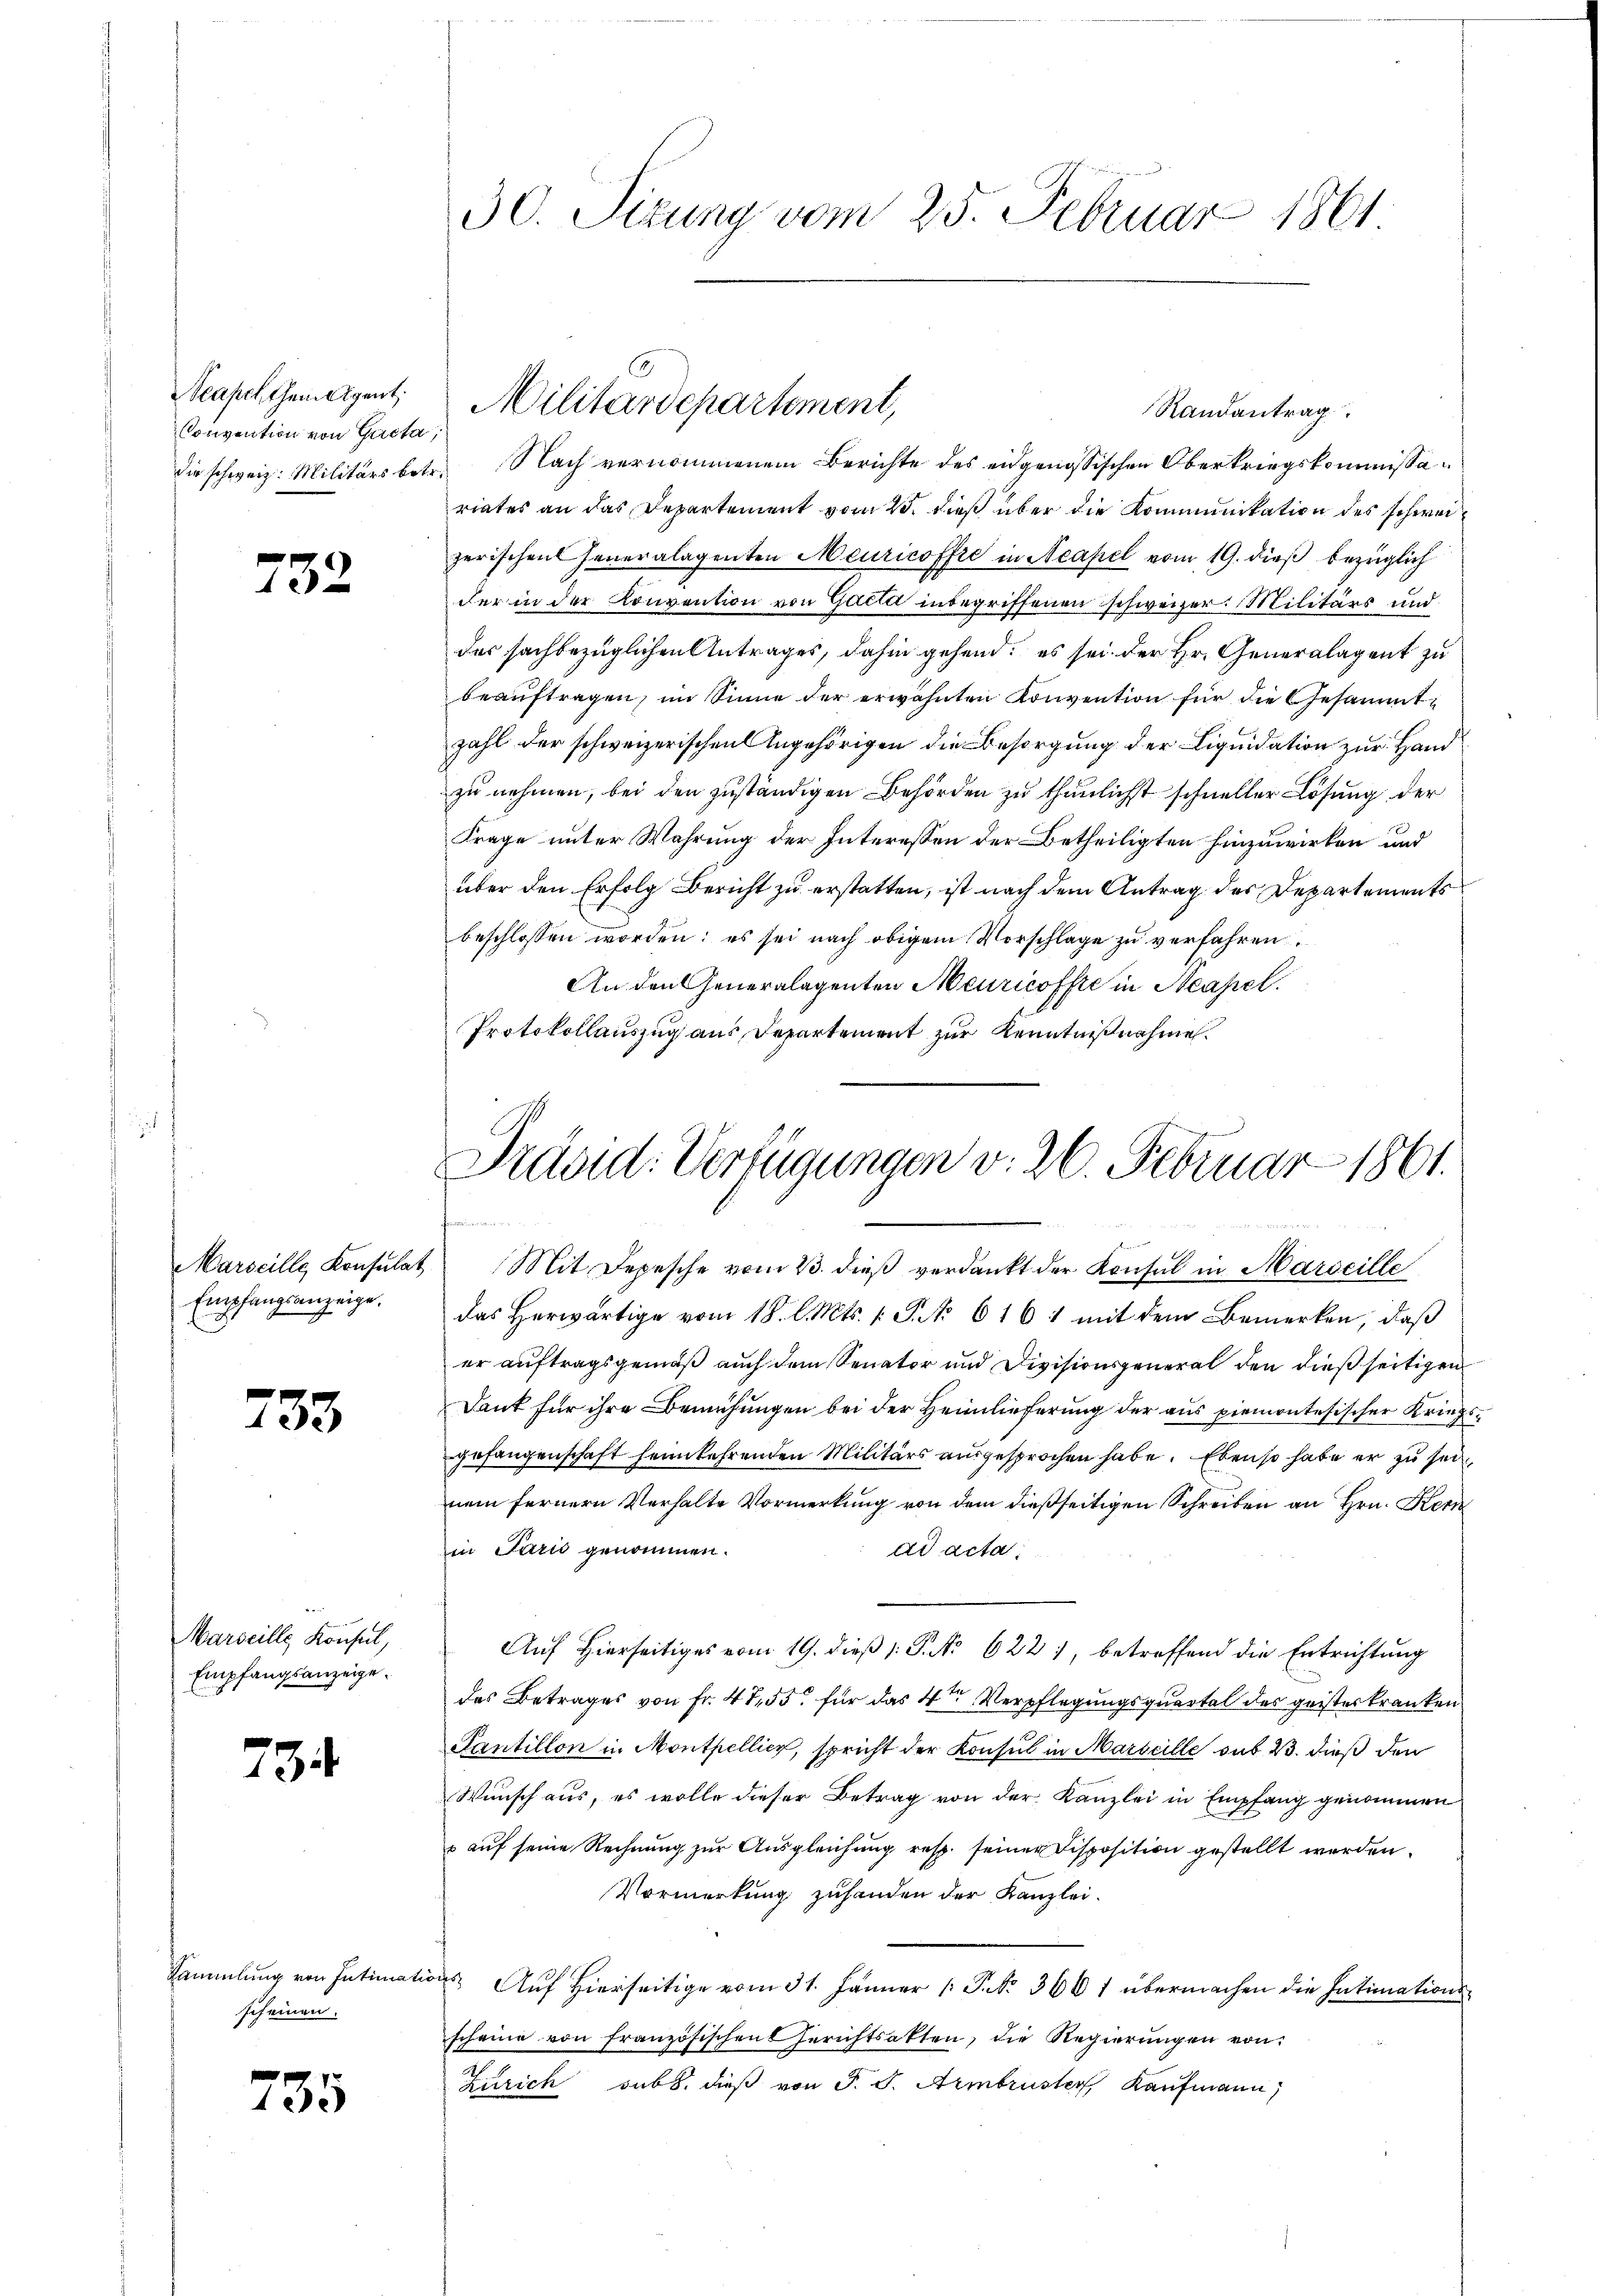
Neapelchem Agent
Convention von Gacta,

732

Empfangsanzeige.

735

Marseille Konsul,
Empfangsanzeige.

734

Sammlung von Intimatio
scheinen.

735

30. Sizung vom 25. Februar 1861

Randantrag
die schweiz. Militärs betr. Nach vernommenem Berichte des eidgenössischen Oberkriegskommissariates an das Departement vom 25. dieß über die Kommunikation des schweizerischen Jeneralagenten Meuricoffre in Neapel vom 19. dieß bezüglich
der in der Konvention von Gacta inbegriffenen schweizer. Militärs und
der sachbezüglichen Antrages, dahin gehend; es sei der Hr. Generalagent zu
beauftragen, im Sinne der erwähnten Konvention für die Gesammtzahl der schweizerischen Angehörigen die Besorgung der Liquidation zur Hand
zu nehmen, bei den zuständigen Behörden zu thunlichst schneller Lösung der
Frage unter Wahrung der Interessen der Betheiligten hinzuwirken und
über den Erfolg Bericht zu erstatten, ist nach dem Antrag des Departements
beschlossen worden; es sei nach obigem Vorschlage zu verfahren.
An den Generalagenten Meuricoffe in Neapel.
Protokollauszug aus Departement zur Kenntnißnahme.

Militärdepartement,

Präsid. Verfügungen v. 26. Februar 1861.
.
44
Marseille Konsulat Mit Depesche vom 23. dieβ verdankt der Konsul in Marseille

das Herwärtige vom 18. l. Mts. 1. P. No 616 1 mit dem Bemerken, daß
er auftragsgemäß auch dem Senator und Divisionsgeneral den dießseitigen
Dank für ihre Bemühungen bei der Heimlieferung der aus piemontesischer Kriegsgefangenschaft heimkehrenden Militärs ausgesprochen habe. Ebenso habe er zu sei
nem fernern Verhalte Vormerkung von dem dießseitigen Schreiben an Hrn. Kern
in Paris genommen.
ad acta.
Auf hierseitiges vom 19. dieβ (: P. No 622, betreffend die Entrichtung
des Betrages von Fr. 4755. für das 4ten Verpflegungsquartal des geister kranken
Santillon in Monthellier, spricht der Konsul in Marseille sub 23. dieß den
Wunsch aus, es wolle dieser Betrag von der Kanzlei in Empfang genommen
 auf seine Rechnung zur Ausgleichung resp. seiner Disposition gestellt werden.
Vormerkung zuhanden der Kanzlei.
 Auf Hierseitige vom 31. Jänner P. Nr. 3661 übermachen die Intimationsscheine von französischen Gerichtsakten, die Regierungen von
Zürich sub. dieß von F. S. Armbruster, Kaufmann)